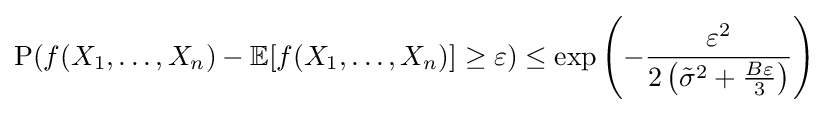
{\text{P}}(f(X_{1},\ldots ,X_{n})-\mathbb {E} [f(X_{1},\ldots ,X_{n})]\geq \varepsilon )\leq \exp \left(-{\frac {\varepsilon ^{2}}{2\left({\tilde {\sigma }}^{2}+{\frac {B\varepsilon }{3}}\right)}}\right)